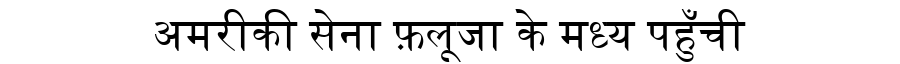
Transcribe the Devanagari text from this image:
अमरीकी सेना फ़लूजा के मध्य पहुँची